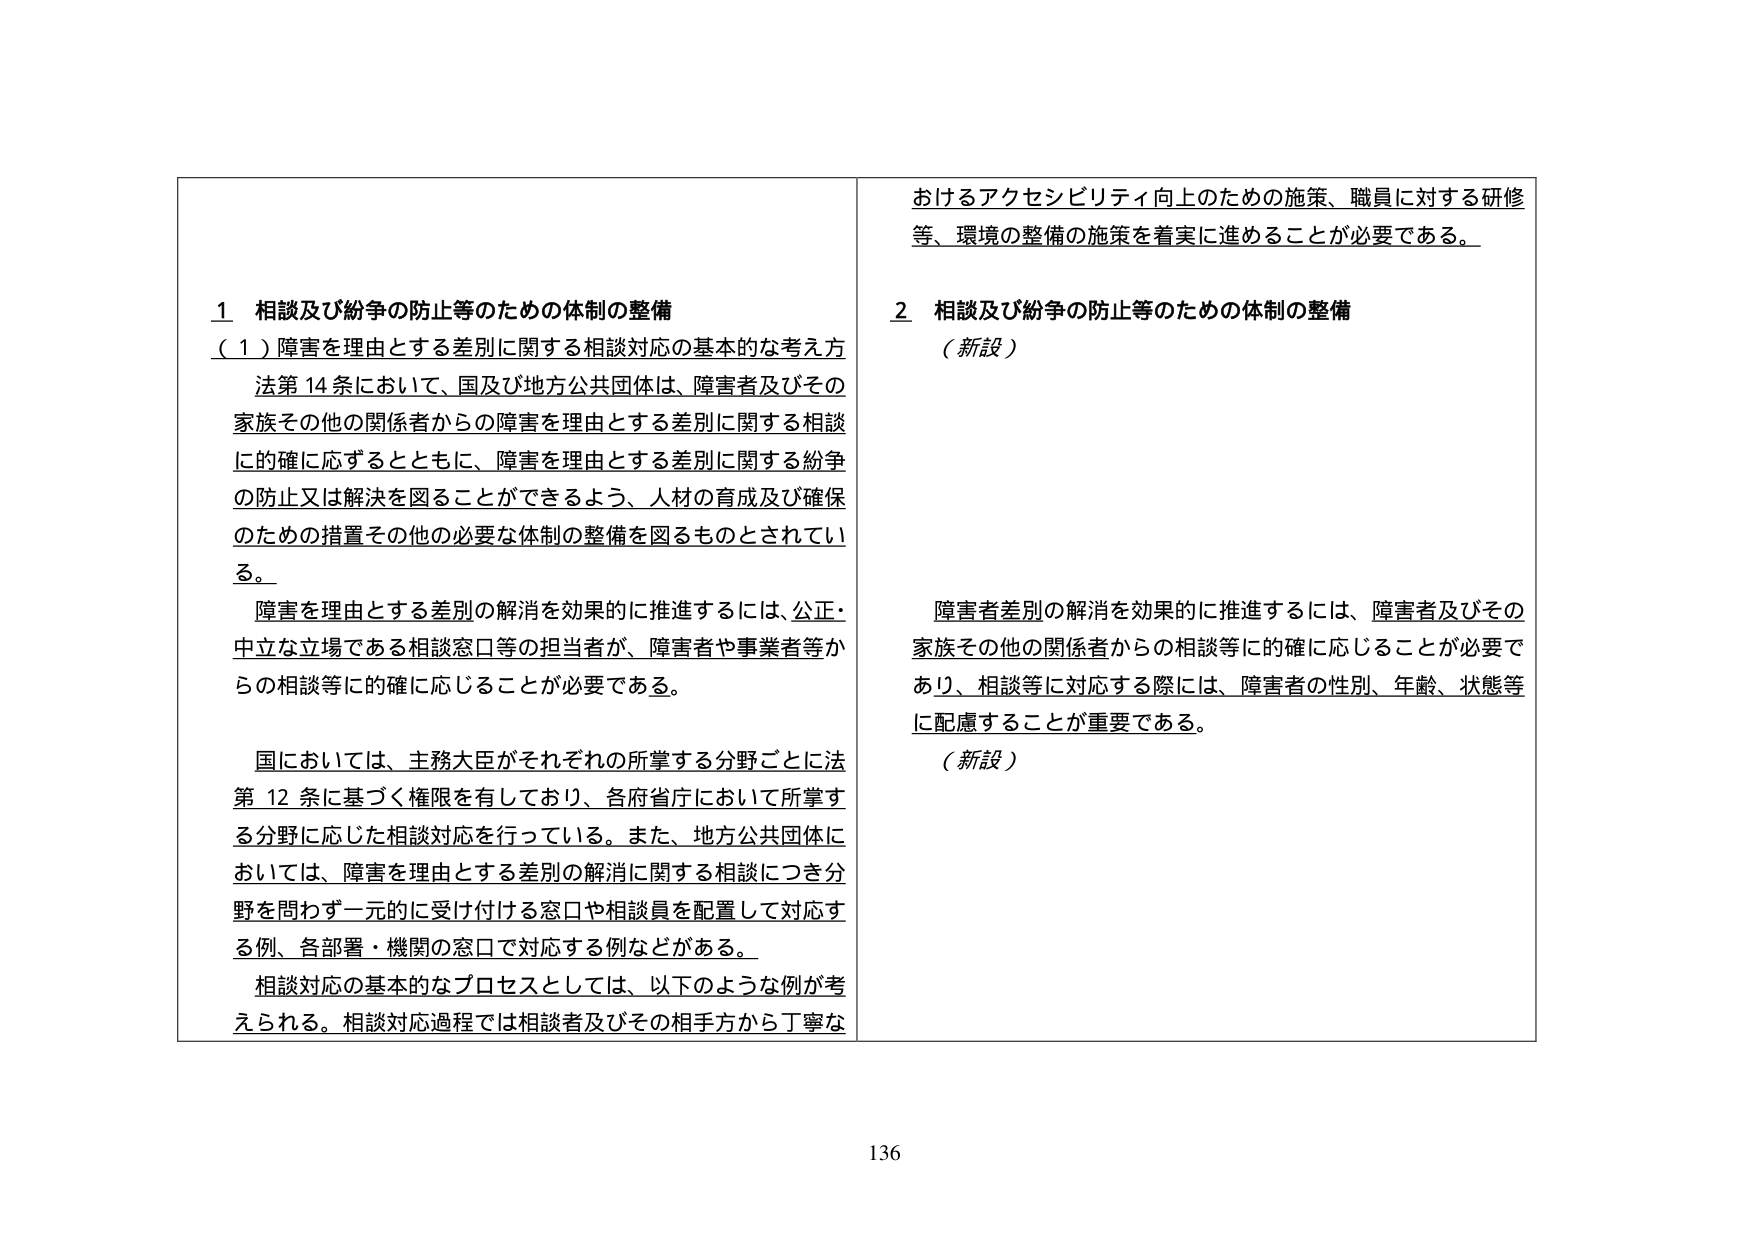
1 相談及び紛争の防止等のための体制の整備
（１）障害を理由とする差別に関する相談対応の基本的な考え方
法第14条において、国及び地方公共団体は、障害者及びその家族その他の関係者からの障害を理由とする差別に関する相談に的確に応ずるとともに、障害を理由とする差別に関する紛争の防止又は解決を図ることができるよう、人材の育成及び確保のための措置その他の必要な体制の整備を図るものとされている。
障害を理由とする差別の解消を効果的に推進するには、公正・中立な立場である相談窓口等の担当者が、障害者や事業者等からの相談等に的確に応じることが必要である。
国においては、主務大臣がそれぞれの所掌する分野ごとに法第12条に基づく権限を有しており、各府省庁において所掌する分野に応じた相談対応を行っている。また、地方公共団体においては、障害を理由とする差別の解消に関する相談につき分野を問わず一元的に受け付ける窓口や相談員を配置して対応する例、各部署・機関の窓口で対応する例などがある。
相談対応の基本的なプロセスとしては、以下のような例が考えられる。相談対応過程では相談者及びその相手方から丁寧な

おけるアクセシビリティ向上のための施策、職員に対する研修等、環境の整備の施策を着実に進めることが必要である。
2 相談及び紛争の防止等のための体制の整備
（新設）
障害者差別の解消を効果的に推進するには、障害者及びその家族その他の関係者からの相談等に的確に応じることが必要であり、相談等に対応する際には、障害者の性別、年齢、状態等に配慮することが重要である。
（新設）
136